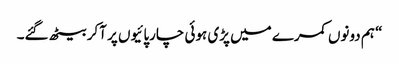
“ ہم دونوں کمرے میں پڑی ہوئی چارپائیوں پر آکر بیٹھ گئے۔